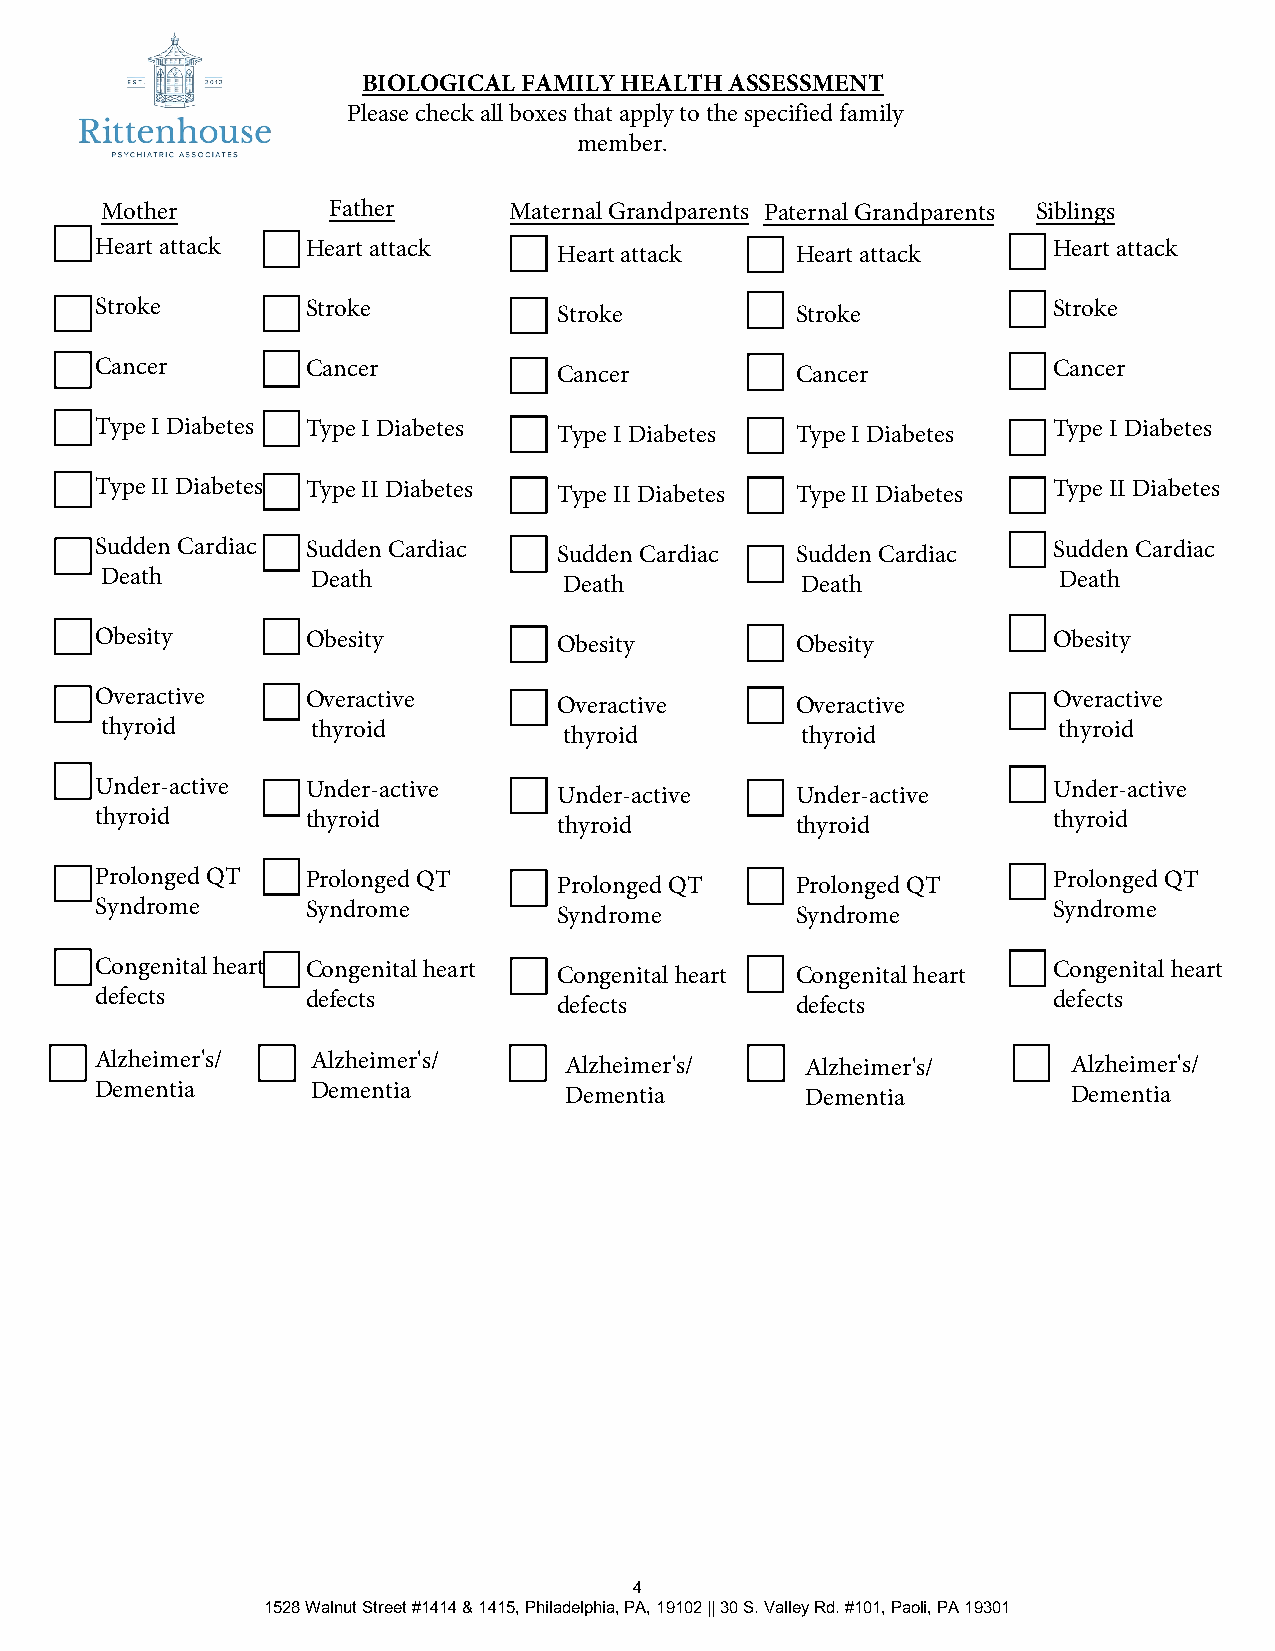
BIOLOGICAL FAMILY HEALTH ASSESSMENT
 Please check all boxes that apply to the specified family
 member.
 Mother         Father      Maternal Grandparents Paternal Grandparents Siblings
 Heart attack  Heart attack     Heart attack    Heart attack     Heart attack
 Stroke        Stroke           Stroke          Stroke           Stroke
 Cancer        Cancer           Cancer          Cancer           Cancer
 Type I Diabetes Type I Diabetes Type I Diabetes Type I Diabetes Type I Diabetes
 Type II Diabetes Type II Diabetes Type II Diabetes Type II Diabetes Type II Diabetes
 Sudden Cardiac Sudden Cardiac  Sudden Cardiac  Sudden Cardiac   Sudden Cardiac
 Death         Death           Death           Death            Death
 Obesity       Obesity          Obesity         Obesity          Obesity
 Overactive    Overactive       Overactive      Overactive       Overactive
 thyroid       thyroid         thyroid         thyroid          thyroid
 Under-active  Under-active     Under-active    Under-active     Under-active
 thyroid       thyroid          thyroid         thyroid          thyroid
 Prolonged QT  Prolonged QT     Prolonged QT    Prolonged QT     Prolonged QT
 Syndrome      Syndrome         Syndrome        Syndrome         Syndrome
 Congenital heart Congenital heart Congenital heart Congenital heart Congenital heart
 defects       defects          defects         defects          defects
 Alzheimer's/   Alzheimer's/    Alzheimer's/    Alzheimer's/      Alzheimer's/
 Dementia       Dementia        Dementia        Dementia          Dementia
 4
 1528 Walnut Street #1414 & 1415, Philadelphia, PA, 19102 || 30 S. Valley Rd. #101, Paoli, PA 19301